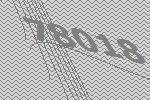
78018